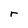
Character: r